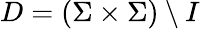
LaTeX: D=(\Sigma\times\Sigma)\setminus I